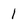
Character: l